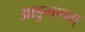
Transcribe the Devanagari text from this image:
आडुगणम्